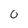
Character: 0